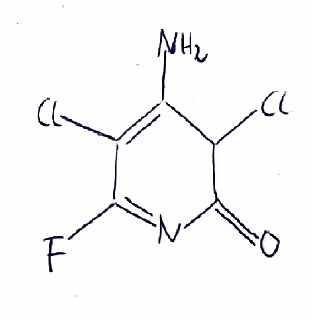
Simplified molecular-input line-entry system (SMILES) notation of the given molecule:
C1(C(=C(C(=NC1=O)F)Cl)N)Cl